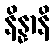
နိန္နာနိ